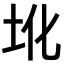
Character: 𪢼